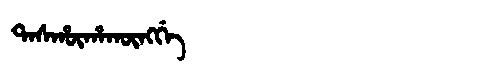
Manchu: ᡨᠠᠰᡥᡡᡥᠠᡴᡡᠩᡤᡝ
Romanization: TASHŪHAKŪNGGE